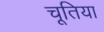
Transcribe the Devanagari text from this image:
चूतिया